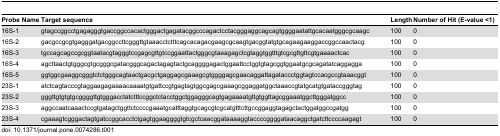
<table><thead><tr><td><b>Probe Name</b></td><td><b>Target sequence</b></td><td><b>Length</b></td><td><b>Number of Hit (E-value &lt;1)</b></td></tr></thead><tbody><tr><td>16S-1</td><td>gtagccggcctgagagggtgaccggccacactgggactgagatacggcccagactcctacgggaggcagcagtggggaatattgcacaatgggcgcaagc</td><td>100</td><td>0</td></tr><tr><td>16S-2</td><td>gacgccgcgtgagggatgacggccttcgggttgtaaacctctttcagcacagacgaagcgcaagtgacggtatgtgcagaagaaggaccggccaactacg</td><td>100</td><td>0</td></tr><tr><td>16S-3</td><td>tgccagcagccgcggtaatacgtagggtccgagcgttgtccggaattactgggcgtaaagagctcgtaggtggtttgtcgcgttgttcgtgaaaactcac</td><td>100</td><td>0</td></tr><tr><td>16S-4</td><td>agcttaactgtgggcgtgcgggcgatacgggcagactagagtactgcaggggagactggaattcctggtgtagcggtggaatgcgcagatatcaggagga</td><td>100</td><td>0</td></tr><tr><td>16S-5</td><td>ggtggcgaaggcgggtctctgggcagtaactgacgctgaggagcgaaagcgtggggagcgaacaggattagataccctggtagtccacgccgtaaacggt</td><td>100</td><td>0</td></tr><tr><td>23S-1</td><td>atctcagtacccgtaggaagagaaaacaaaatgtgattccgtgagtagtggcgagcgaaagcggaggatggctaaaccgtatgcatgtgataccgggtag</td><td>100</td><td>0</td></tr><tr><td>23S-2</td><td>gggttgtgtgtgcggggttgtgggacctatctttccggctctacctggctggagggcagtgagaaaatgttgtggttagcggaaatggcttgggatggcc</td><td>100</td><td>0</td></tr><tr><td>23S-3</td><td>aggccaatcaaactccgtgatagctggttctccccgaaatgcatttaggtgcagcgtcgcatgtttcttgccggaggtagagctactggatggccgatgg</td><td>100</td><td>0</td></tr><tr><td>23S-4</td><td>cgaaagtcgggactagtgatccggcacctctgagtggaaggggtgtcgctcaacggataaaaggtaccccggggataacaggctgatcttccccaagagt</td><td>100</td><td>0</td></tr></tbody></table>